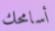
أسامحك